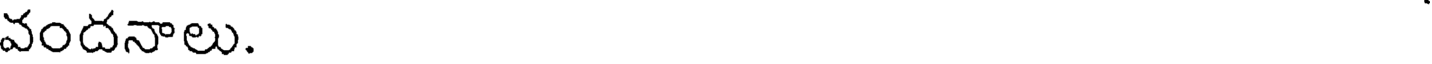
వందనాలు.